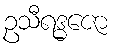
ဥသီရဒ္ဓဇော